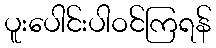
ပူးပေါင်းပါဝင်ကြရန်